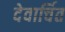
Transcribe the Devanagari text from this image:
देवार्चित